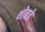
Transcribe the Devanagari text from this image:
थोबडे